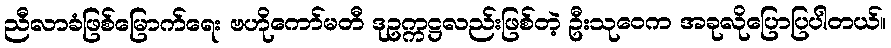
ညီလာခံဖြစ်မြောက်ရေး ဗဟိုကော်မတီ ဒုဥက္ကဋ္ဌလည်းဖြစ်တဲ့ ဦးသုဝေက အခုလိုပြောပြပါတယ်။